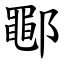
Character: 鄳